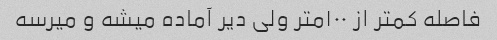
فاصله کمتر از ۱۰۰متر ولی دیر آماده میشه و میرسه